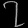
Digit: ၇